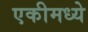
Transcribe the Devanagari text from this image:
एकीमध्ये